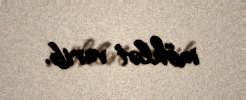
möhlət verib.